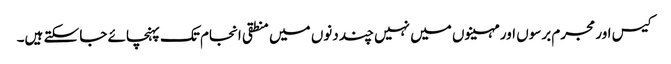
کیس اور مجرم برسوں اور مہینوں میں نہیں چند دنوں میں منطقی انجام تک پہنچائے جا سکتے ہیں۔